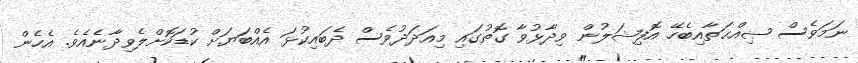
ނަމަވެސް ޞިއްޙަތާއިބެހޭ އޮފިޝަލުން ވިދާޅުވާ ގޮތުގައި މިއަދަދުވެސް ދެބައިކުޅަ އެއްބަޔަށް ކުޑަކޮށްލެވިދާނެއެވެ. އެހެން